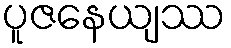
ပူဇနေယျဿ